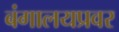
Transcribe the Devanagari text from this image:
बंगालयप्रवर